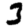
Digit: 3